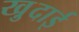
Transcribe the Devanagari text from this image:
खु़दाई